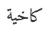
كاخية